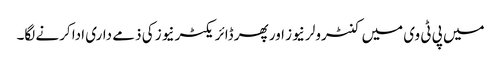
میں پی ٹی وی میں کنٹرولر نیوز اور پھر ڈائریکٹر نیوز کی ذمے داری ادا کرنے لگا۔